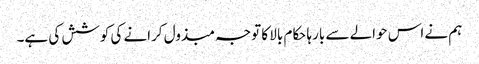
ہم نے اس حوالے سے بارہا حکام بالا کا توجہ مبذول کرانے کی کوشش کی ہے۔